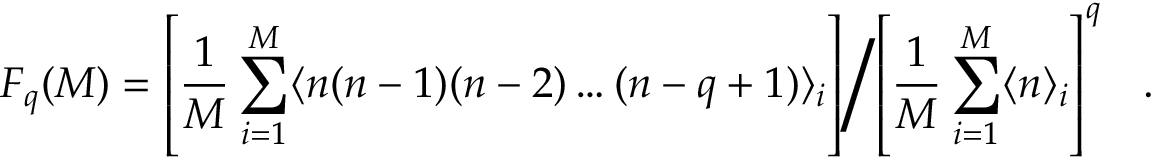
F _ { q } ( M ) = \left[ \frac { 1 } { M } \sum _ { i = 1 } ^ { M } \langle n ( n - 1 ) ( n - 2 ) \ldots ( n - q + 1 ) \rangle _ { i } \right] \left/ \left[ \frac { 1 } { M } \sum _ { i = 1 } ^ { M } \langle n \rangle _ { i } \right] ^ { q } \right. \ \ .